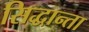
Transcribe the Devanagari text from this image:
सिद्धान्ता